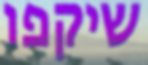
שיקפו